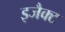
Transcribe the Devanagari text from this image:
इजैक्ट